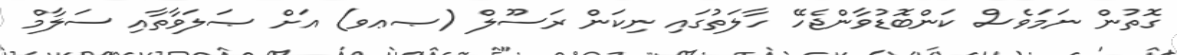
ގޮތުން ނަމަވެސް ކަންބޮޑުވާންޖެހޭ ހާލަތުގައި ނިކަން ރަސޫލް (ޞޢވ) އަށް ޞަލަވާތާއި ސަލާމް